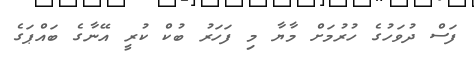
ފަސް ދުވަހުގެ ހުރުމަށް މާޔާ މި ފަހަރު ބުކް ކުރީ އޭނާގެ ބައްޕަގެ